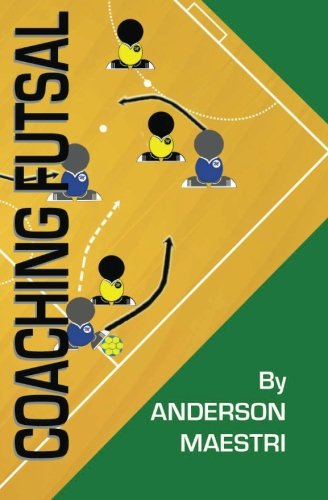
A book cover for Coaching Futsal: Understanding, Improving, and Perfecting; Anderson Maestri; Sports & Outdoors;